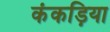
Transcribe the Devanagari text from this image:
कंकड़िया